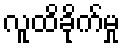
လူထိခိုက်မှု